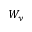
W _ { y }